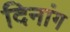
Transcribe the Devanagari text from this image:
दिनांग